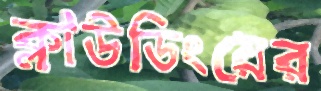
ক্লাউডিংয়ের